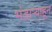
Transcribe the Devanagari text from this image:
भंडार्‍याहून